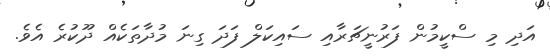
އަދި މި ސްކީމުން ފަރުނީޗަރާއި ސައިކަލް ފަދަ ގިނަ މުދާތަކެއް ދޫކުރެ އެވެ.